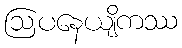
ဩပနေယျိကဿ